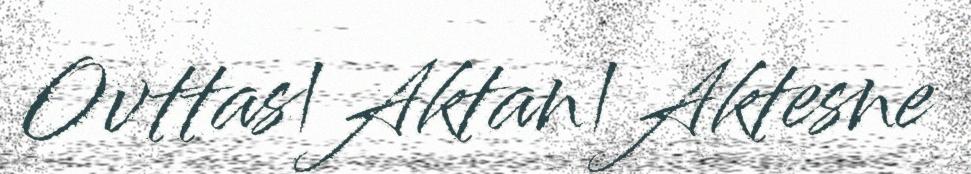
Ovttas|Aktan|Aktesne